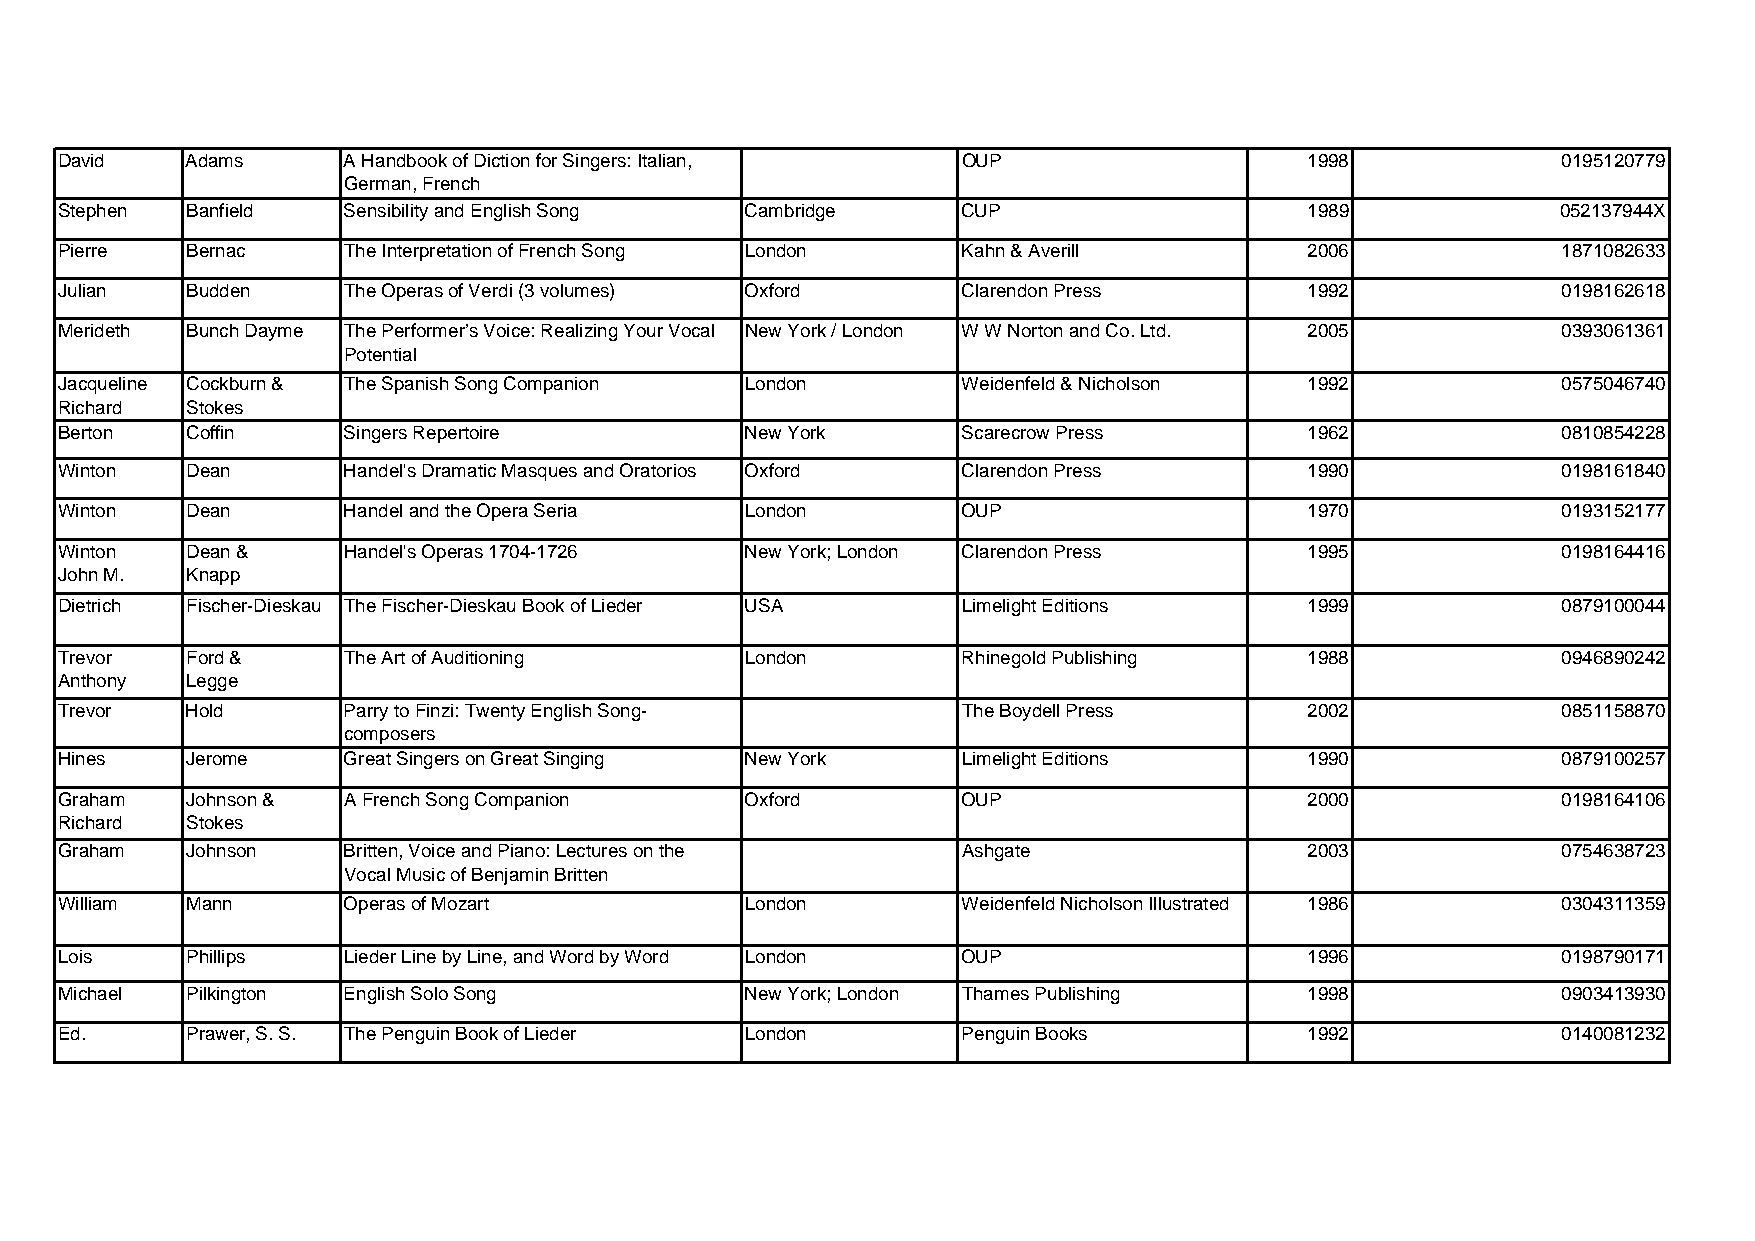
David   Adams      A Handbook of Diction for Singers: Italian, OUP                 1998            0195120779
 German, French
 Stephen Banfield   Sensibility and English Song Cambridge   CUP                    1989            052137944X
 Pierre  Bernac     The Interpretation of French Song London Kahn & Averill         2006            1871082633
 Julian  Budden     The Operas of Verdi (3 volumes) Oxford   Clarendon Press        1992            0198162618
 Merideth Bunch Dayme The Performer’s Voice: Realizing Your Vocal New York / London W W Norton and Co. Ltd. 2005 0393061361
 Potential
 Jacqueline Cockburn & The Spanish Song Companion London     Weidenfeld & Nicholson 1992            0575046740
 Richard Stokes
 Berton  Coffin     Singers Repertoire        New York       Scarecrow Press        1962            0810854228
 Winton  Dean       Handel's Dramatic Masques and Oratorios Oxford Clarendon Press  1990            0198161840
 Winton  Dean       Handel and the Opera Seria London        OUP                    1970            0193152177
 Winton  Dean &     Handel's Operas 1704-1726 New York; London Clarendon Press      1995            0198164416
 John M. Knapp
 Dietrich Fischer-Dieskau The Fischer-Dieskau Book of Lieder USA Limelight Editions 1999            0879100044
 Trevor  Ford &     The Art of Auditioning    London         Rhinegold Publishing   1988            0946890242
 Anthony Legge
 Trevor  Hold       Parry to Finzi: Twenty English Song-     The Boydell Press      2002            0851158870
 composers
 Hines   Jerome     Great Singers on Great Singing New York  Limelight Editions     1990            0879100257
 Graham  Johnson &  A French Song Companion   Oxford         OUP                    2000            0198164106
 Richard Stokes
 Graham  Johnson    Britten, Voice and Piano: Lectures on the Ashgate               2003            0754638723
 Vocal Music of Benjamin Britten
 William Mann       Operas of Mozart          London         Weidenfeld Nicholson Illustrated 1986  0304311359
 Lois    Phillips   Lieder Line by Line, and Word by Word London OUP                1996            0198790171
 Michael Pilkington English Solo Song         New York; London Thames Publishing    1998            0903413930
 Ed.     Prawer, S. S. The Penguin Book of Lieder London     Penguin Books          1992            0140081232